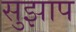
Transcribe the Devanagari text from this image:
सुझाप